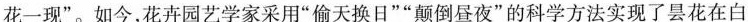
花一现”。如今，花卉园艺学家采用“偷天换日”“颠倒昼夜”的科学方法实现了昙花在白